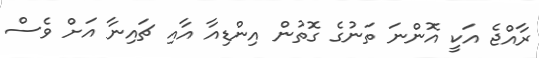
ރާއްޖެ އަކީ އޮންނަ ތަނުގެ ގޮތުން އިންޑިއާ އާއި ޗައިނާ އަށް ވެސް